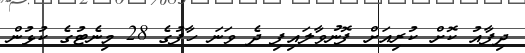
ދިފާއު ކޮށް ކުރިއަށް ފޮނުވާލައިފި ދެ ވަނަ ހާފުގެ 28 މިނެޓުގެ ކުޅުން